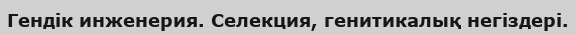
Гендік инженерия. Селекция, генитикалық негіздері.